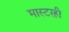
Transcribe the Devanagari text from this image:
मास्टरही